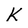
Character: K